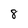
Character: 8